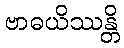
ဗာဓယိဿန္တိ